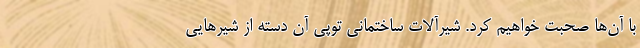
با آن‌ها صحبت خواهیم کرد. شیرآلات ساختمانی توپی آن دسته از شیرهایی